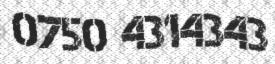
0750 4314343